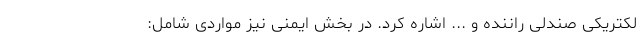
لکتریکی صندلی راننده و ... اشاره کرد. در بخش ایمنی نیز مواردی شامل: